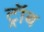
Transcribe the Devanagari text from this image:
ट्रॉब